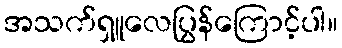
အသက်ရှူလေပြွန်ကြောင့်ပါ။